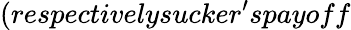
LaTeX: (respectivelysucker^{\prime}spayoff